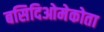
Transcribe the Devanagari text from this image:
बसिदिओमेकोता